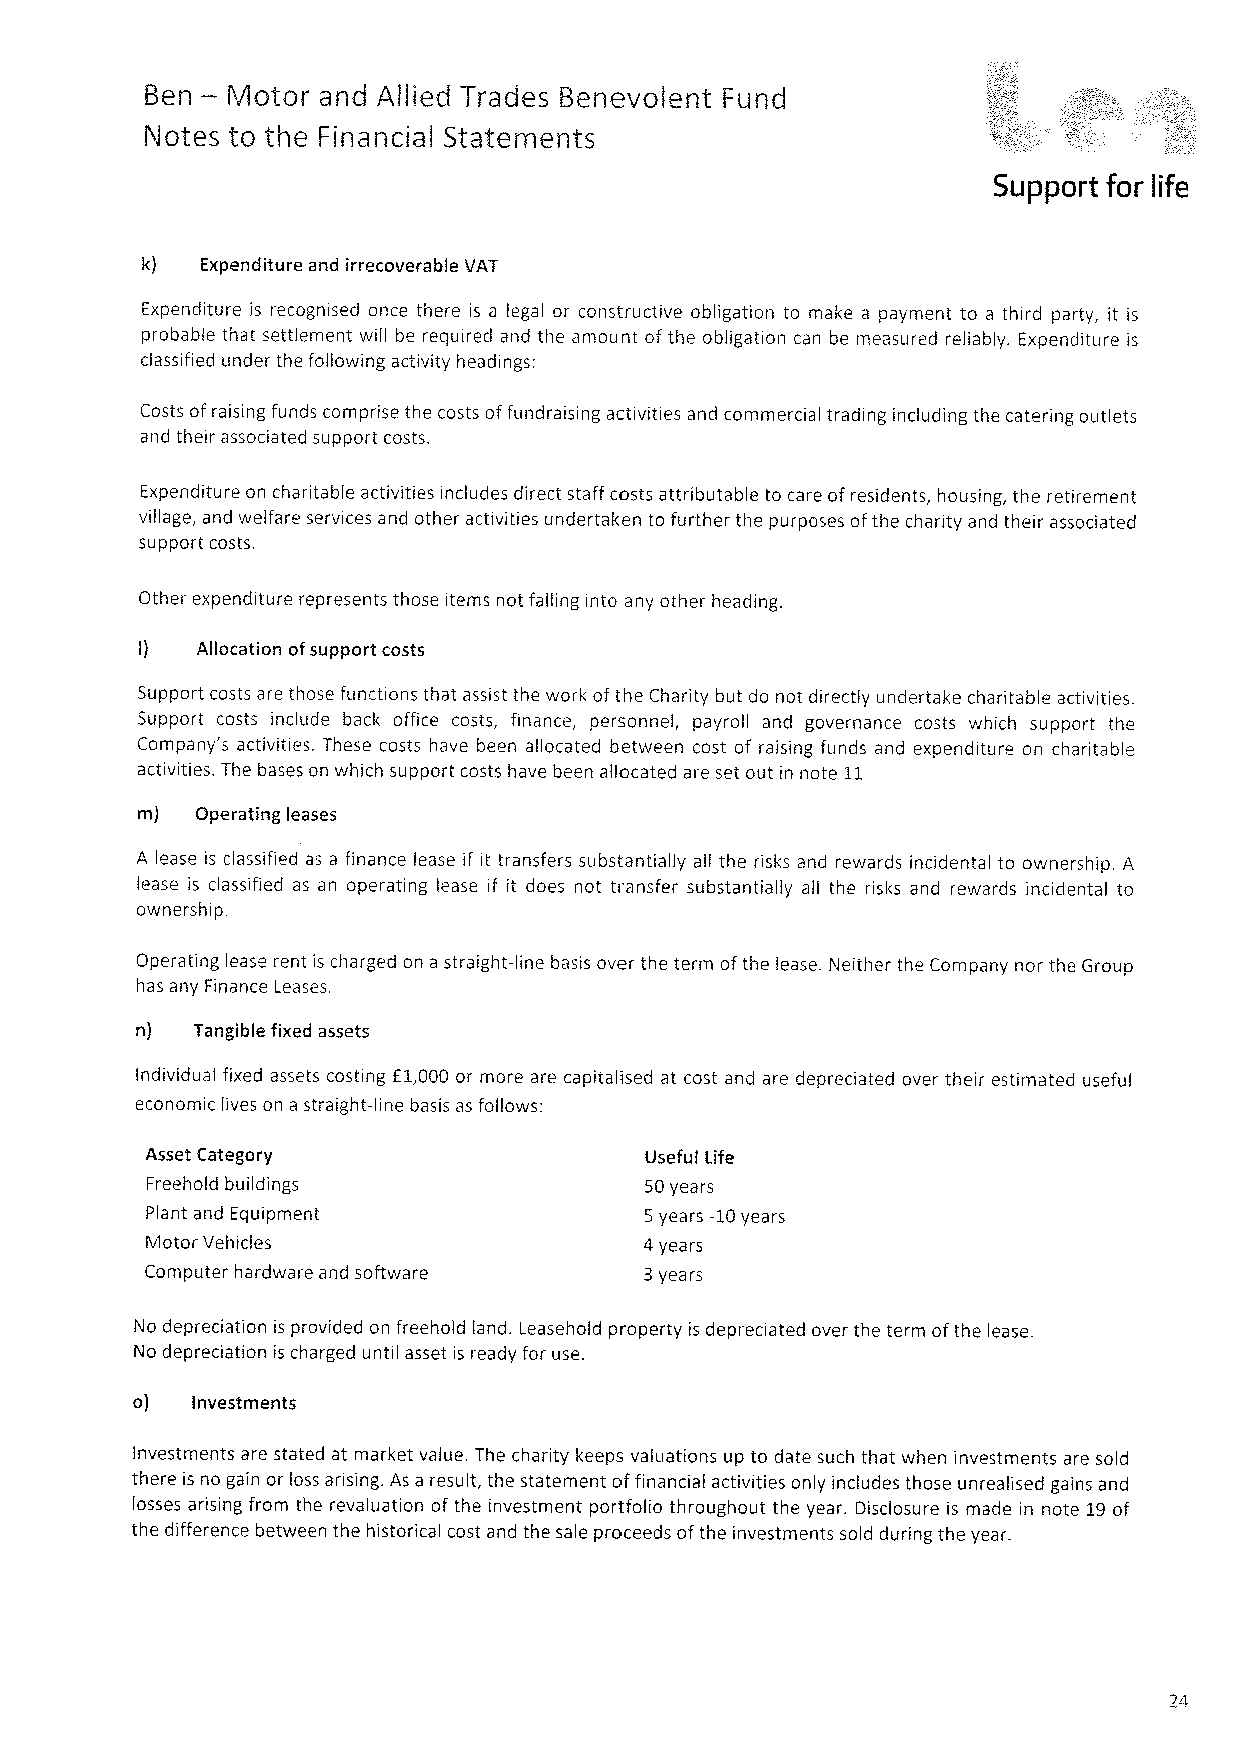
—
 Ben  Motor and Allied Trades Benevolent Fund
 Notes to the Financial Statements
 Support for life
 k)  Expenditure and irrecoverable VAT
 Expenditure is recognised once there is a legal or constructive obligation to make a payment to a third party, it is
 probable that settlement will be required and the amount of the obligation can be measured reliably. Expenditure is
 classified under the following activity headings:
 Costs ofraising funds comprise the costs of fundraising activities and commercial trading including the catering outlets
 and their associated support costs,
 Expenditure on charitable activities includes direct staff costs attributable to care ofresidents, housing, the retirement
 village, and welfare services and other activities undertaken to further the purposes ofthe charity and their associated
 support costs.
 Other expenditure represents those items not falling into any other heading.
 I)  Allocation ofsupport costs
 Support costs are those functions that assist the work ofthe Charity but do not directly undertake charitable activities.
 Support costs include back office costs, finance, personnel, payroll and governance costs which support the
 Company's activities. These costs have been allocated between cost of raising funds and expenditure on charitable
 activities. The bases on which support costs have been allocated are set out in note 11
 m)  Operating leases
 A lease is classified as a finance lease if it transfers substantially all the risks and rewards incidental to ownership. A
 lease is classified as an operating lease if it does not transfer substantially all the risks and rewards incidental to
 ownership.
 Operating lease rent is charged on a straight-line basis over the term ofthe lease. Neither the Company nor the Group
 has any Finance Leases.
 n)  Tangible fixed assets
 Individual fixed assets costing E1,000 or more are capitalised at cost and are depreciated over their estimated useful
 economic lives on a straight-line basis as follows:
 Asset Category                   Useful Life
 Freehold buildings               50years
 Plant and Equipment              5 years -10years
 Motor Vehicles                   4years
 Computer hardware and software   3years
 No depreciation is provided on freehold land. Leasehold property is depreciated over the term ofthe lease.
 No depreciation is charged until asset is ready for use.
 o)  Investments
 Investments are stated at market value. The charity keeps valuations up to date such that when investments are sold
 there is no gain or loss arising. As a result, the statement offinancial activities only includes those unrealised gains and
 losses arising from the revaluation of the investment portfolio throughout the year. Disclosure is made in note 19of
 the difference between the historical cost and the sale proceeds ofthe investments sold during the year.